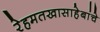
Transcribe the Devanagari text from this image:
रेहमतखासाहेबांचे